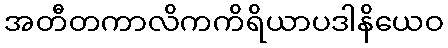
အတီတကာလိကကိရိယာပဒါနိယေဝ